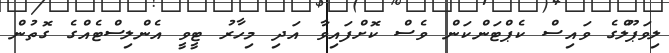
ލިވަޕޫލްގެ ވައިސް ކެޕްޓަންކަން ވެސް ކޮށްފައިވާ އަދި މިހާރު ޓީވީ އެންލިސްޓެއްގެ ގޮތުން